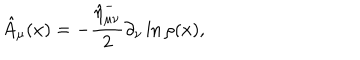
LaTeX: \hat { A } _ { \mu } ( x ) = - \frac { \hat { \eta } _ { \mu \nu } ^ { - } } 2 \partial _ { \nu } \ln \rho ( x ) ,